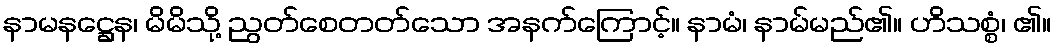
နာမနဋ္ဌေန၊ မိမိသို့ ညွတ်စေတတ်သော အနက်ကြောင့်။ နာမံ၊ နာမ်မည်၏။ ဟိသစ္စံ၊ ၏။